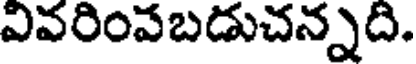
వివరింవబడుచన్నది.